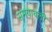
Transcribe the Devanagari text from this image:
समयावली